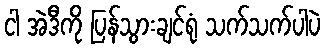
ငါ အဲဒီကို ပြန်သွားချင်ရုံ သက်သက်ပါပဲ